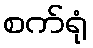
စက်ရုံ